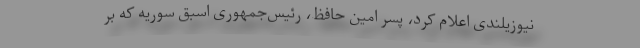
نیوزیلندی اعلام کرد، پسر امین حافظ، رئیس‌جمهوری اسبق سوریه که بر